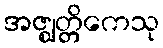
အဇ္ဈတ္တိကေသု